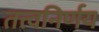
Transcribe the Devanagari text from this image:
तत्त्वनिर्णय